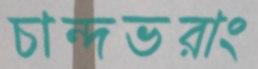
চান্দভরাং